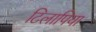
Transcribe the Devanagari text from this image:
टिलापिया